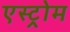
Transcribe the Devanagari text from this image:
एस्ट्रोम